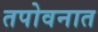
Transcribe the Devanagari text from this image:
तपोवनात